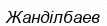
Жанділбаев